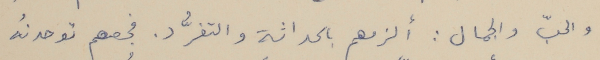
والحبّ والجمال : ألزمهم بالحداثة والتفرُّد. فجعهم توحدنُه